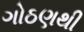
ગોઠણથી